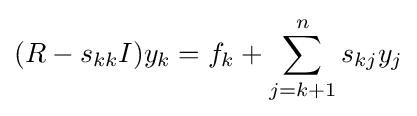
(R-s_{kk}I)y_{k}=f_{k}+\sum _{j=k+1}^{n}s_{kj}y_{j}